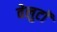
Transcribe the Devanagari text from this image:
वेलुटाॅ